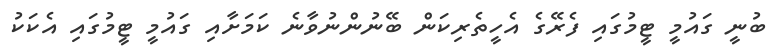
ބުނީ ގައުމީ ޓީމުގައި ފެރޭގެ އެހީތެރިކަން ބޭނުންނުވާނެ ކަމަށާއި ގައުމީ ޓީމުގައި އެކަކު